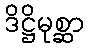
ဒိဋ္ဌိမုစ္ဆာ